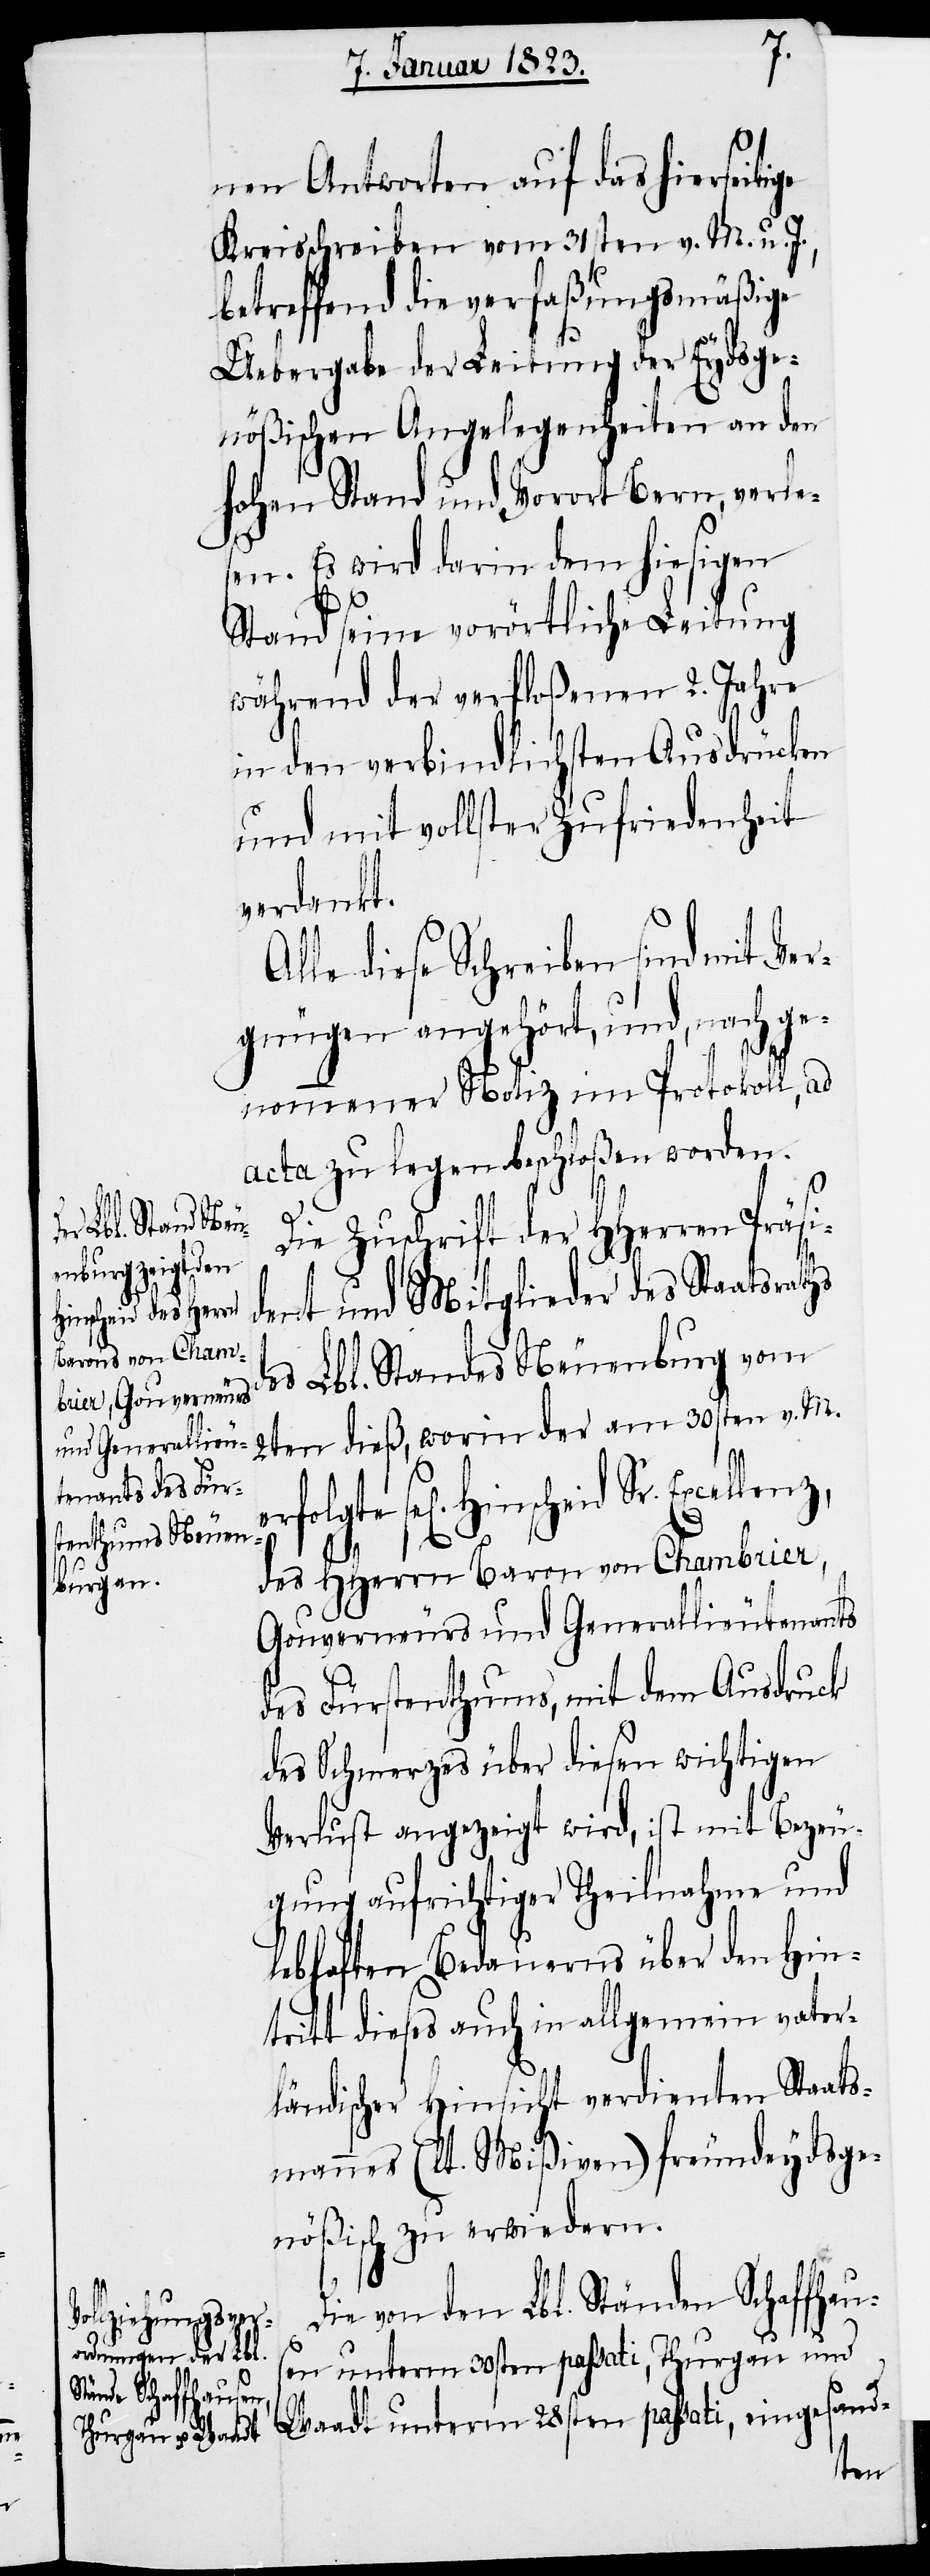
A¬
nen Antworten auf das hierseitige
Kreisschreiben vom 31sten v. M. u. J.,
betreffend die verfaßungsmäßige
Uebergabe der Leitung der Eydsge¬
nößischen Angelegenheiten an den
hohen Stand und Vorort Bern, verle¬
sen. Es wird darin dem hiesigen
v. M.
Stand seine vorörtliche Leitung
während der verfloßenen 2. Jahre
in den verbindlichsten Ausdrücken
und mit vollster Zufriedenheit
verdankt.
lle diese Schreiben sind mit Ver¬
gnügen angehört, und, nach ge¬
nommener Notiz im Protokoll, ad
acta zu legen beschloßen worden.
Die Zuschrift der HHerren Präs¬
ident und Mitglieder des Staatsraths
des Lbl. Standes Neuenburg vom
des HHerrn Baron von Chambrier,
Gouverneurs und Generallieutenants
des Fürstenthums, mit dem Ausdruck
des Schmerzes über diesen wichtigen
Verlust angezeigt wird, ist mit Bezeu¬
gung aufrichtiger Theilnahme und
lebhaften Bedauerns über den Hin¬
tritt dieses auch in allgemein vater¬
ländischer Hinsicht verdienten Staats¬
mannes (lt. Mißiven) freundeydsge¬
nößisch zu erwiedern.
Die von den Lbl. Ständen Schaffhau¬
sen unterm 30sten passati, Thurgau und
Sr.
Waadt unterm 28sten passati, eingesand-
2ten